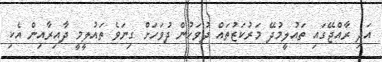
އަދި ރާއްޖޭގައި ތައުލީމުދޭ މަރުކަޒުތައް ދުވަހުން ދުވަހަށް ގިނަވެ ތައުލީމީ ދާއިރާއިން އެކި